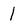
Character: 1